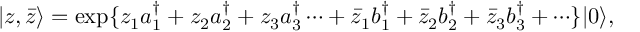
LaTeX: \vert z , \bar { z } \rangle = \exp \{ z _ { 1 } a _ { 1 } ^ { \dagger } + z _ { 2 } a _ { 2 } ^ { \dagger } + z _ { 3 } a _ { 3 } ^ { \dagger } \cdots + \bar { z } _ { 1 } b _ { 1 } ^ { \dagger } + \bar { z } _ { 2 } b _ { 2 } ^ { \dagger } + \bar { z } _ { 3 } b _ { 3 } ^ { \dagger } + \cdots \} \vert 0 \rangle ,